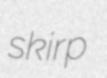
skirp